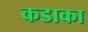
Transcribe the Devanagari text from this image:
कडाका